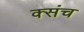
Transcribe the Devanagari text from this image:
क्संच